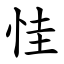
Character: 㤬